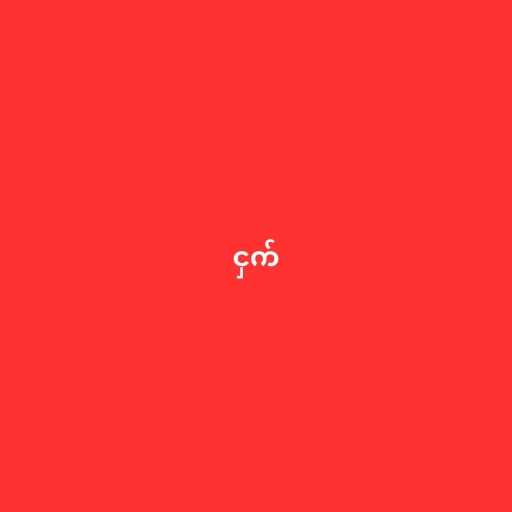
ငှက်